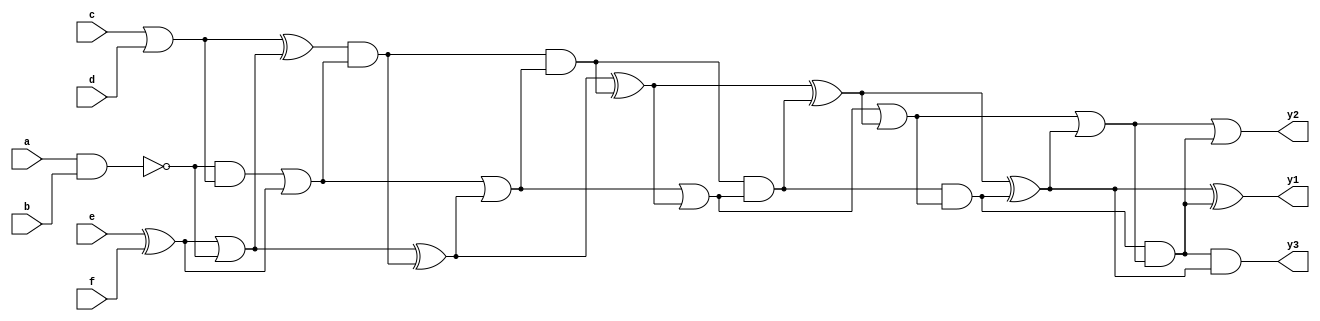
module case6 (a,b,c,d,e,f,y1,y2,y3);

    input a;
    input b;
    input c;
    input d;
    input e;
    input f;
    output y1;
    output y2;
    output y3;


    wire n1, n2, n3, n4, n5, n6, n7, n8, n9, n10, n11, n12, n13, n14, n15, n16, n17, n18, n19, n20;

    assign n1 = ~(a & b);
    assign n2 = c | d;
    assign n3 = e ^ f;
    assign n4 = n1 & n2;
    assign n5 = n3 | n1;
    assign n6 = n2 ^ n5;
    assign n7 = n4 | n3;
    assign n8 = n6 & n7;
    assign n9 = n5 ^ n8;
    assign n10 = n7 | n9;
    assign n11 = n8 & n10;
    assign n12 = n9 ^ n11;
    assign n13 = n10 | n12;
    assign n14 = n11 & n13;
    assign n15 = n12 ^ n14;
    assign n16 = n13 | n15;
    assign n17 = n14 & n16;
    assign n18 = n15 ^ n17;
    assign n19 = n16 | n18;
    assign n20 = n17 & n19;

    assign y1 = n18 ^ n20;
    assign y2 = n19 | n20;
    assign y3 = n20 & n18;

endmodule